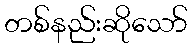
တစ်နည်းဆိုသော်